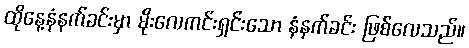
ထိုနေ့နံနက်ခင်းမှာ မိုးလေကင်းရှင်းသော နံနက်ခင်း ဖြစ်လေသည်။